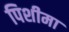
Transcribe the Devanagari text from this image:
पिशीमा